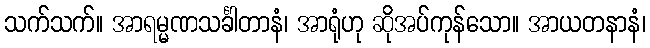
သက်သက်။ အာရမ္မဏသင်္ခါတာနံ၊ အာရုံဟု ဆိုအပ်ကုန်သော။ အာယတနာနံ၊